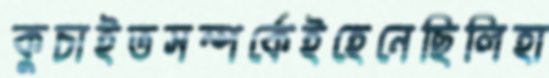
কুচাইতসম্পর্কেইহেনেছিলিহা